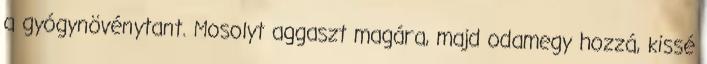
a gyógynövénytant. Mosolyt aggaszt magára, majd odamegy hozzá, kissé